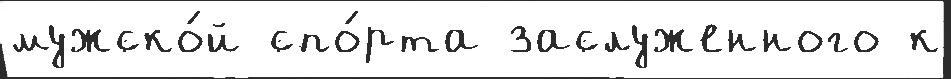
мужско́й спо́рта заслуженного к